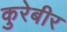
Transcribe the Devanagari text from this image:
कुरेबीर